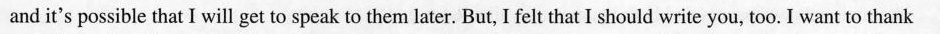
and it's possible that I will get to speak to them later. But, I felt that I should write you, too. I want to thank